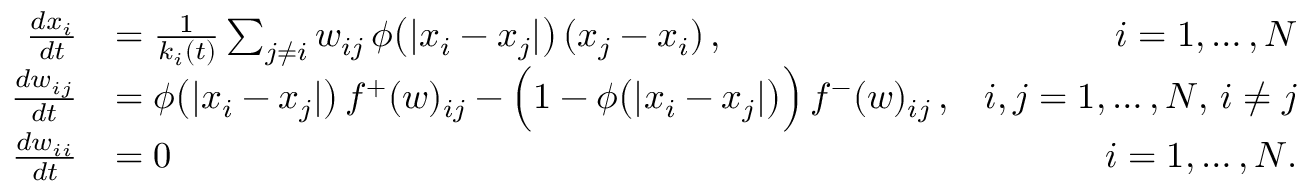
\begin{array} { r l r } { \frac { d x _ { i } } { d t } } & { = \frac { 1 } { k _ { i } ( t ) } \sum _ { j \neq i } w _ { i j } \, \phi \big ( | x _ { i } - x _ { j } | \big ) \, ( x _ { j } - x _ { i } ) \, , } & { i = 1 , \dots , N } \\ { \frac { d w _ { i j } } { d t } } & { = \phi \big ( | x _ { i } - x _ { j } | \big ) \, f ^ { + } ( w ) _ { i j } - \Big ( 1 - \phi \big ( | x _ { i } - x _ { j } | \big ) \Big ) \, f ^ { - } ( w ) _ { i j } \, , } & { i , j = 1 , \dots , N , \, i \neq j } \\ { \frac { d w _ { i i } } { d t } } & { = 0 } & { i = 1 , \dots , N . } \end{array}